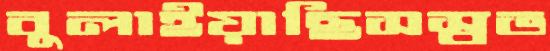
বুলাইয়াছিসস্বভ